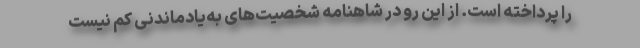
را پرداخته است. از این رو در شاهنامه شخصیت‌های به‌یادماندنی کم نیست